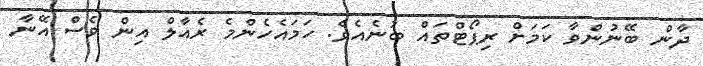
ދާން ބޭނުންވާ ކަމަށް ރިޕޯޓްތައް ބުނެއެވެ. ހަމައެހެންމެ ރެއާލް އިން ވެސް އޭނާ